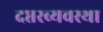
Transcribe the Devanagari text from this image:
दप्तरव्यवस्था